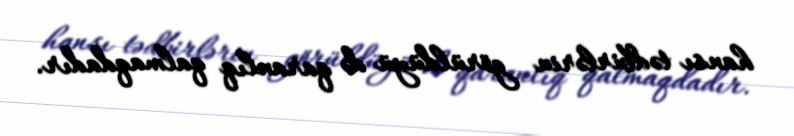
hansı tədbirlərin görüldüyü də qaranlıq qalmaqdadır.